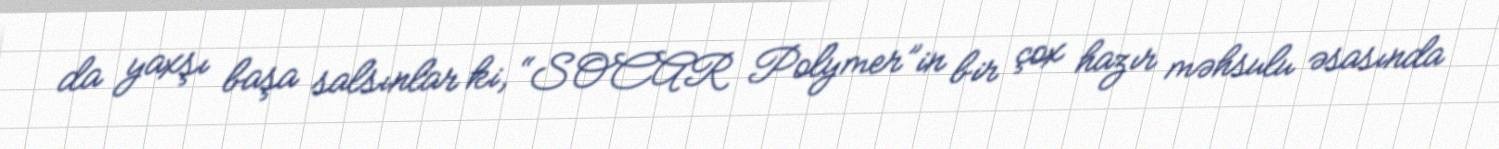
da yaxşı başa salsınlar ki, “SOCAR Polymer”in bir çox hazır məhsulu əsasında